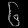
Digit: ၆